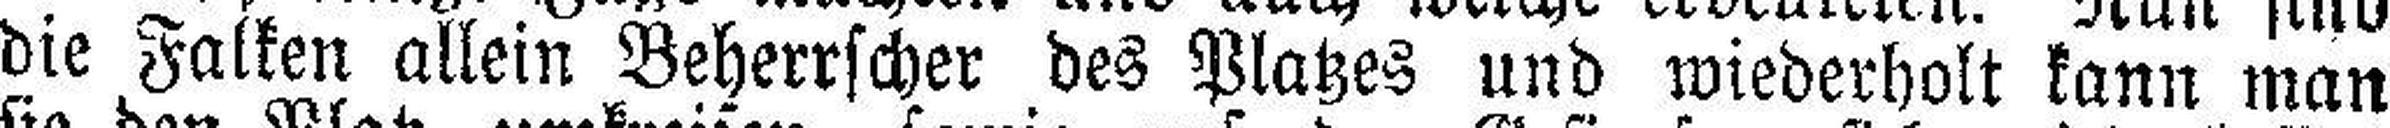
die Falken allein Beherrscher des Platzes und wiederholt kann man